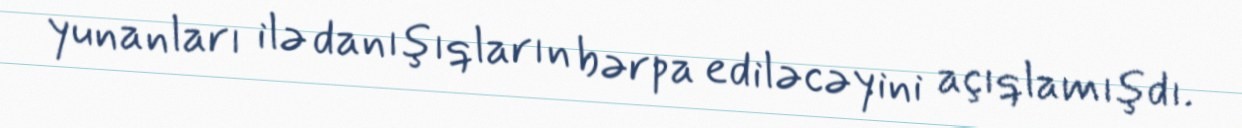
yunanları ilə danışıqların bərpa ediləcəyini açıqlamışdı.